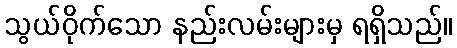
သွယ်ဝိုက်သော နည်းလမ်းများမှ ရရှိသည်။